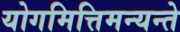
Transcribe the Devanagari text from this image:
योगमित्तिमन्यन्ते